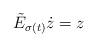
LaTeX: \begin{align*}\tilde{E}_{\sigma(t)} \dot{z} = z\end{align*}